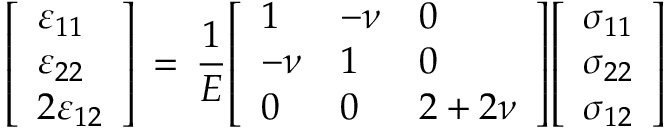
{ \left[ \begin{array} { l } { \varepsilon _ { 1 1 } } \\ { \varepsilon _ { 2 2 } } \\ { 2 \varepsilon _ { 1 2 } } \end{array} \right] } \, = \, { \frac { 1 } { E } } { \left[ \begin{array} { l l l } { 1 } & { - \nu } & { 0 } \\ { - \nu } & { 1 } & { 0 } \\ { 0 } & { 0 } & { 2 + 2 \nu } \end{array} \right] } { \left[ \begin{array} { l } { \sigma _ { 1 1 } } \\ { \sigma _ { 2 2 } } \\ { \sigma _ { 1 2 } } \end{array} \right] }